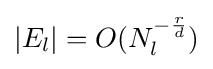
|E_{l}|=O(N_{l}^{-{\frac {r}{d}}})